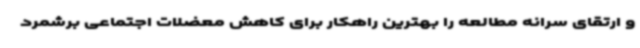
و ارتقای سرانه مطالعه را بهترین راهکار برای کاهش معضلات اجتماعی برشمرد